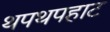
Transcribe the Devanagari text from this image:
थपथपहाट